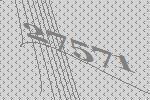
27571